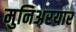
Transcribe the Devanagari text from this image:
मुनिअरयार